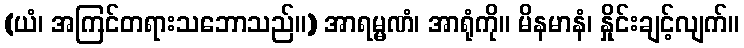
(ယံ၊ အကြင်တရားသဘောသည်။) အာရမ္မဏံ၊ အာရုံကို။ မိနမာနံ၊ နှိုင်းချင့်လျက်။